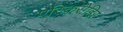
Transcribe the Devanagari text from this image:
एस्किसेहिर